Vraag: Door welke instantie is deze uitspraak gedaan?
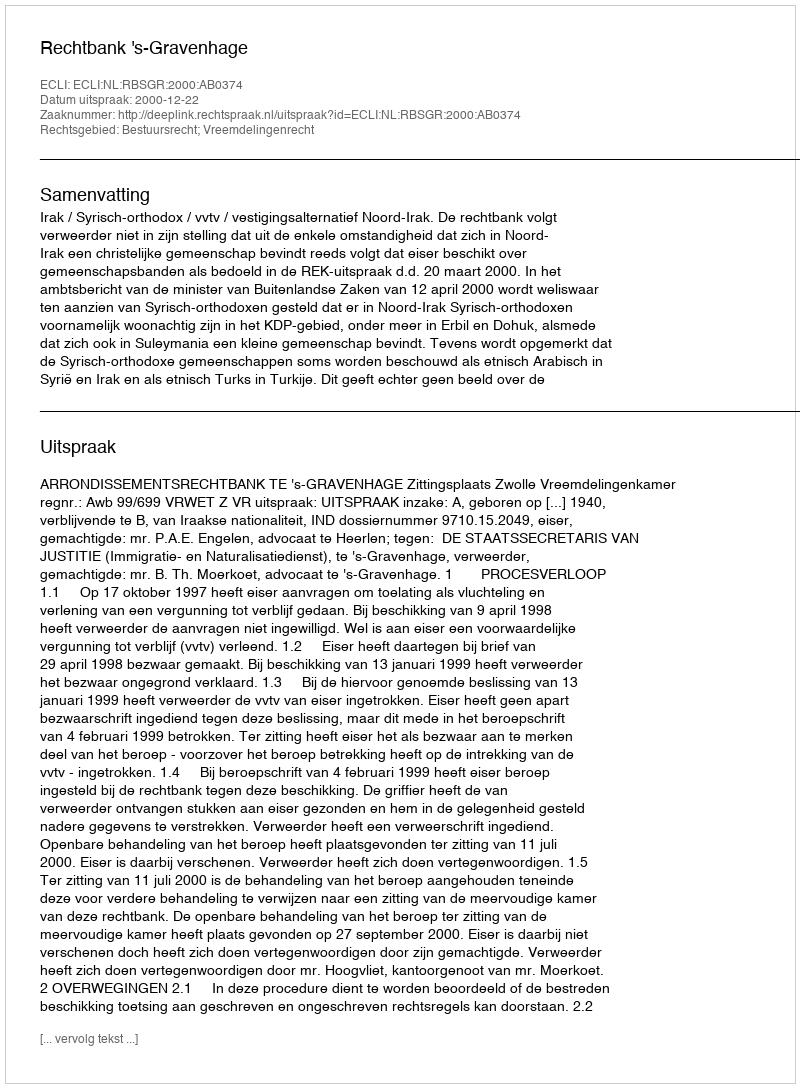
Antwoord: Rechtbank 's-Gravenhage